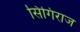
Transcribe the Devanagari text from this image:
सिंगिराज